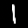
Digit: 1